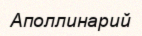
Аполлинарий